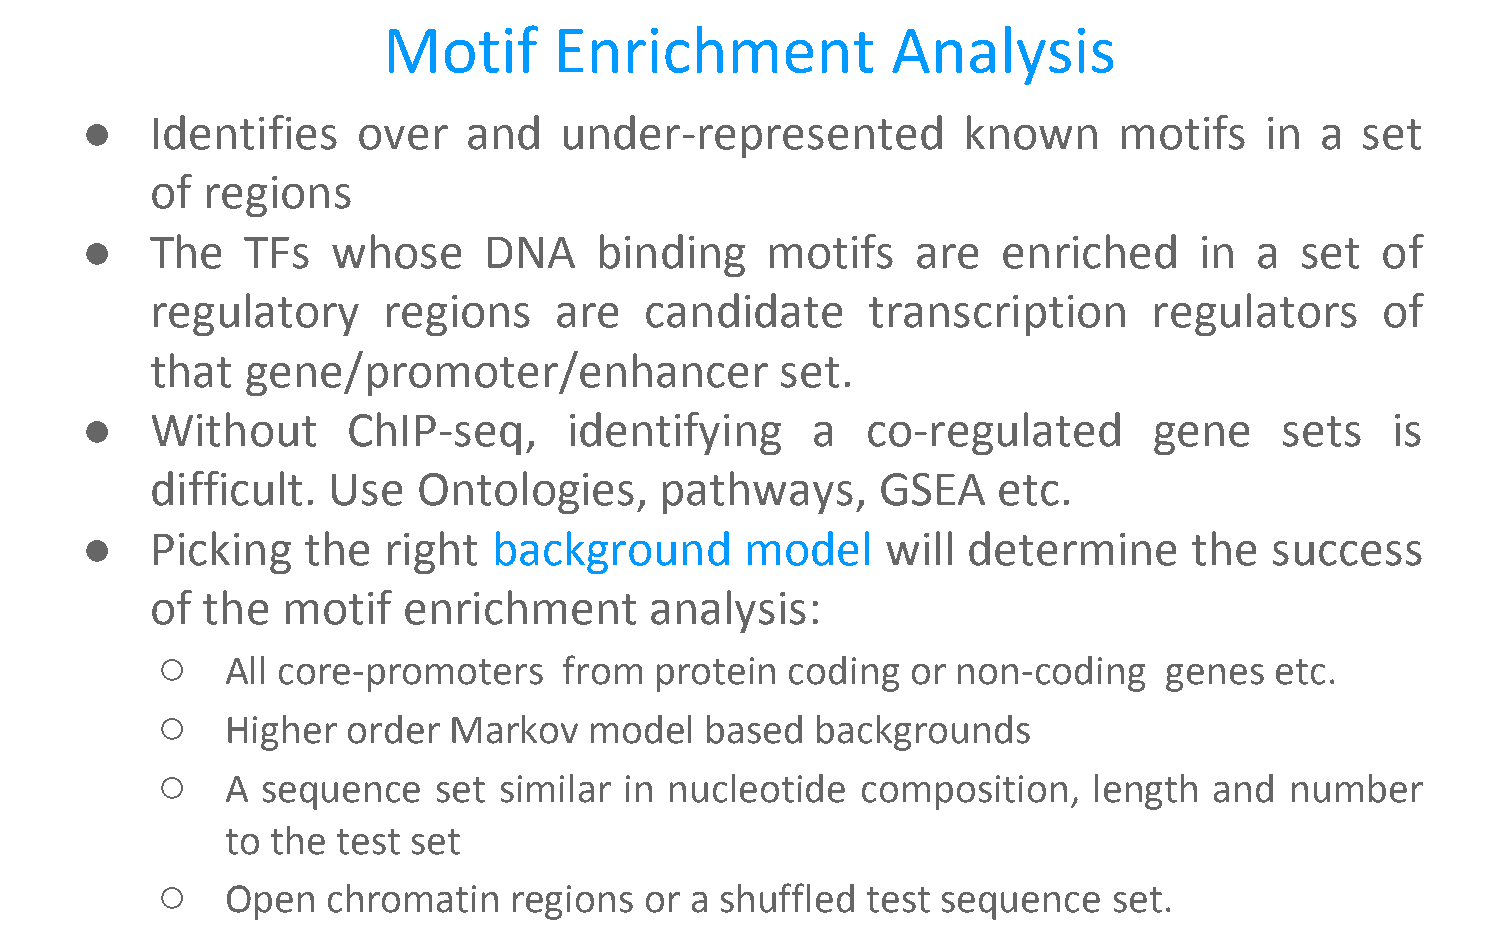
Motif       Enrichment            Analysis
 ●    Identifies    over   and   under-represented          known     motifs    in a  set
 of regions
 ●    The   TFs   whose     DNA    binding     motifs    are  enriched     in  a  set  of
 regulatory     regions     are   candidate     transcription      regulators     of
 that  gene/promoter/enhancer              set.
 ●    Without      ChIP-seq,      identifying     a  co-regulated       gene     sets   is
 difficult.  Use   Ontologies,     pathways,     GSEA    etc.
 ●    Picking   the  right   background      model     will determine      the  success
 of the   motif   enrichment      analysis:
 ○
 All core-promoters    from  protein  coding  or non-coding    genes  etc.
 ○
 Higher  order  Markov   model   based  backgrounds
 ○
 A sequence    set similar in nucleotide   composition,   length  and  number
 to the test set
 ○
 Open   chromatin   regions  or a shuffled test sequence    set.